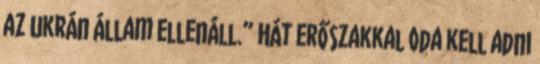
az ukrán állam ellenáll.” Hát erőszakkal oda kell adni